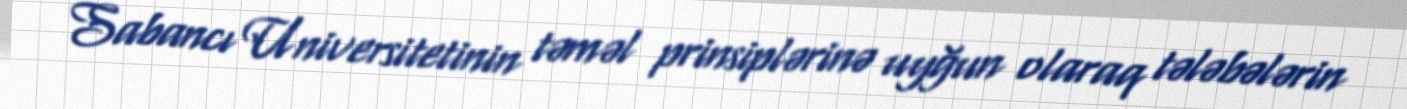
Sabancı Universitetinin təməl prinsiplərinə uyğun olaraq tələbələrin